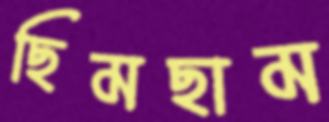
ছিমছাম